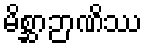
မိစ္ဆာဉာဏိဿ